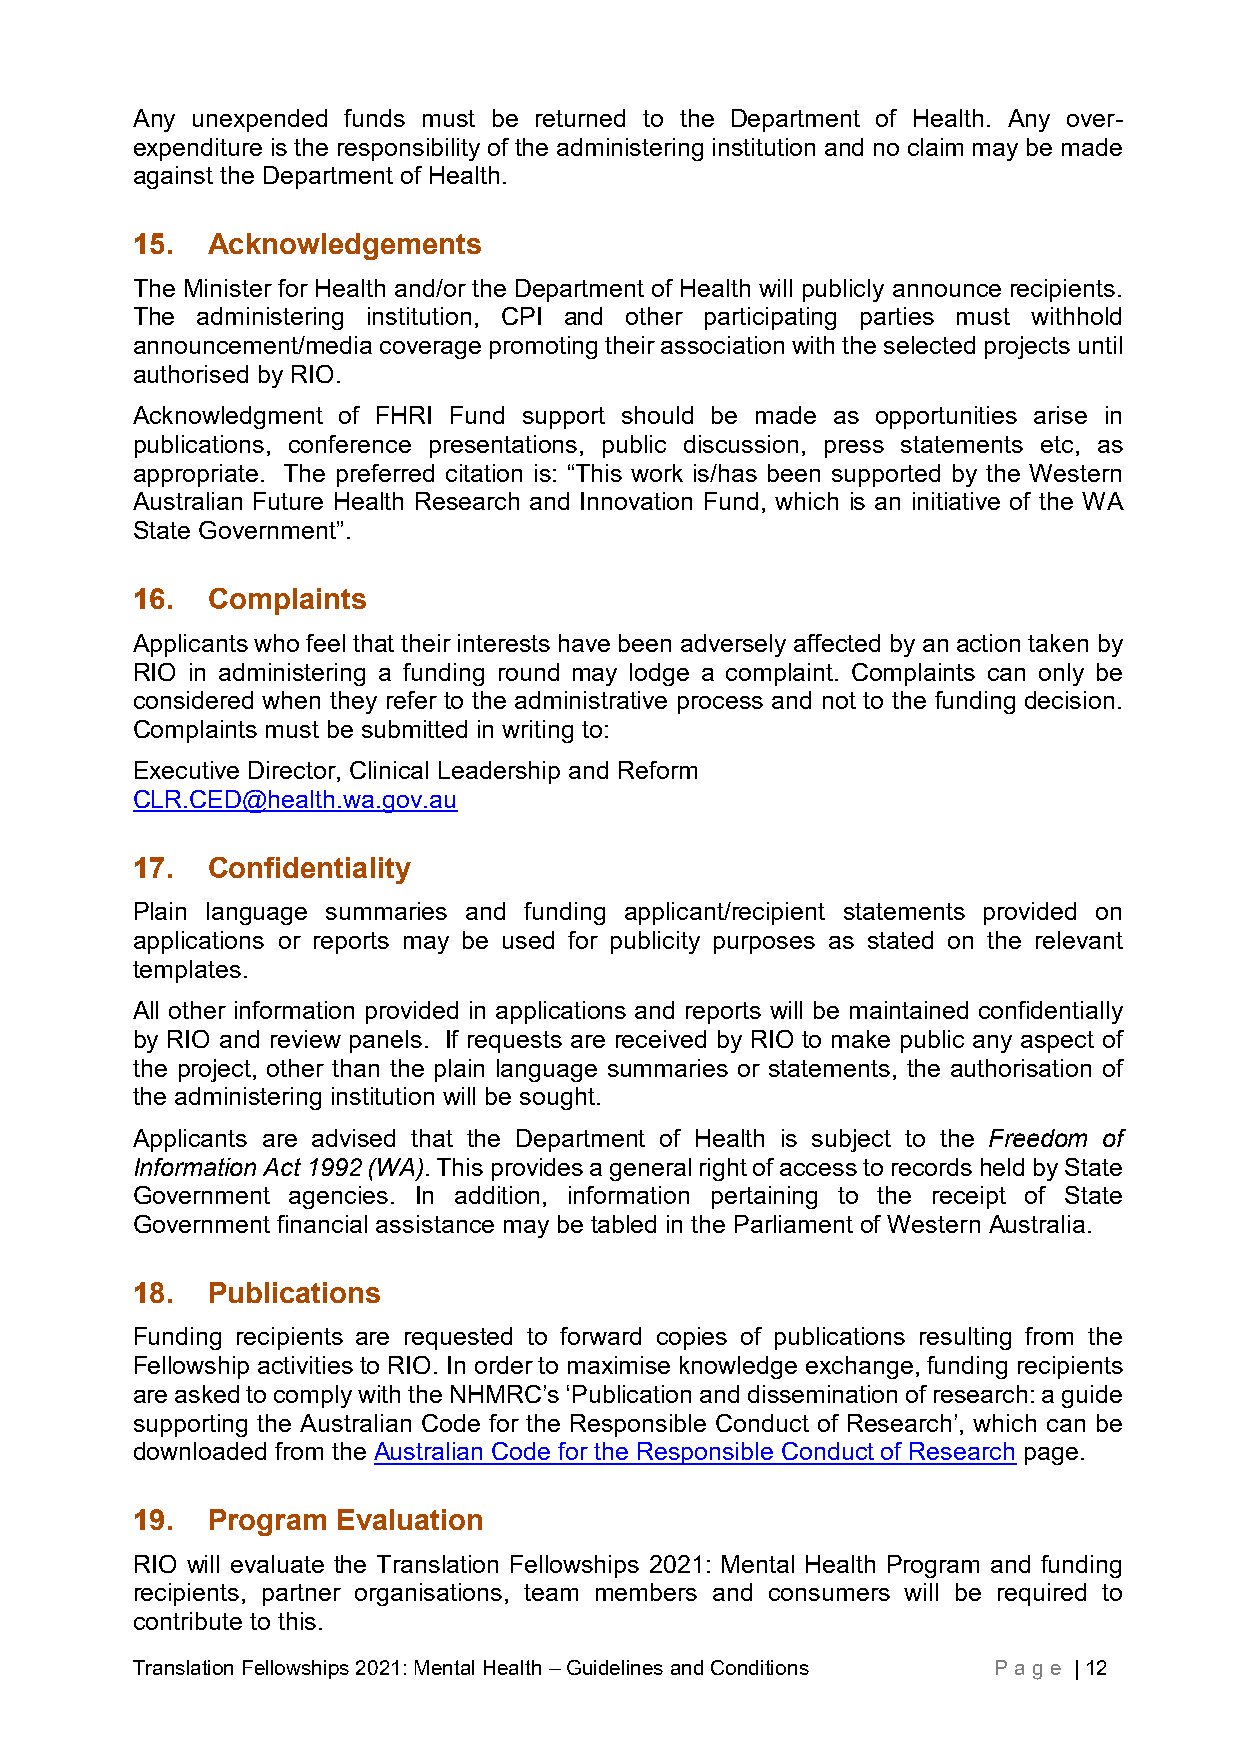
Any unexpended funds must be returned to the Department of Health. Any over-
 expenditure is the responsibility of the administering institution and no claim may be made
 against the Department of Health.
 15.  Acknowledgements
 The Minister for Health and/or the Department of Health will publicly announce recipients.
 The administering institution, CPI and other participating parties must withhold
 announcement/media coverage promoting their association with the selected projects until
 authorised by RIO.
 Acknowledgment of FHRI Fund support should be made as opportunities arise in
 publications, conference presentations, public discussion, press statements etc, as
 appropriate. The preferred citation is: “This work is/has been supported by the Western
 Australian Future Health Research and Innovation Fund, which is an initiative of the WA
 State Government”.
 16.  Complaints
 Applicants who feel that their interests have been adversely affected by an action taken by
 RIO in administering a funding round may lodge a complaint. Complaints can only be
 considered when they refer to the administrative process and not to the funding decision.
 Complaints must be submitted in writing to:
 Executive Director, Clinical Leadership and Reform
 CLR.CED@health.wa.gov.au
 17.  Confidentiality
 Plain language summaries and funding applicant/recipient statements provided on
 applications or reports may be used for publicity purposes as stated on the relevant
 templates.
 All other information provided in applications and reports will be maintained confidentially
 by RIO and review panels. If requests are received by RIO to make public any aspect of
 the project, other than the plain language summaries or statements, the authorisation of
 the administering institution will be sought.
 Applicants are advised that the Department of Health is subject to the Freedom of
 Information Act 1992 (WA). This provides a general right of access to records held by State
 Government agencies. In addition, information pertaining to the receipt of State
 Government financial assistance may be tabled in the Parliament of Western Australia.
 18.  Publications
 Funding recipients are requested to forward copies of publications resulting from the
 Fellowship activities to RIO. In order to maximise knowledge exchange, funding recipients
 are asked to comply with the NHMRC’s ‘Publication and dissemination of research: a guide
 supporting the Australian Code for the Responsible Conduct of Research’, which can be
 downloaded from the Australian Code for the Responsible Conduct of Research page.
 19.  Program Evaluation
 RIO will evaluate the Translation Fellowships 2021: Mental Health Program and funding
 recipients, partner organisations, team members and consumers will be required to
 contribute to this.
 Translation Fellowships 2021: Mental Health – Guidelines and Conditions Pag e | 12